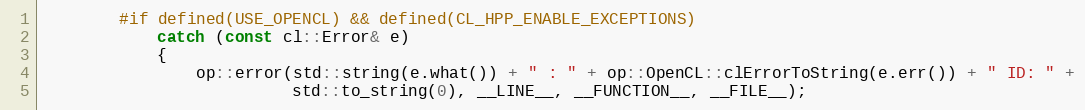
Language: C++
        #if defined(USE_OPENCL) && defined(CL_HPP_ENABLE_EXCEPTIONS)
            catch (const cl::Error& e)
            {
                op::error(std::string(e.what()) + " : " + op::OpenCL::clErrorToString(e.err()) + " ID: " +
                          std::to_string(0), __LINE__, __FUNCTION__, __FILE__);